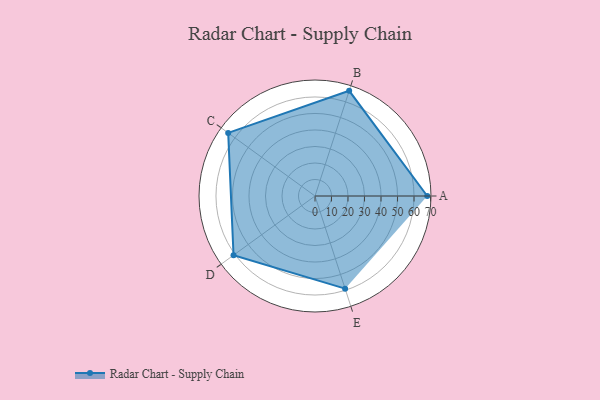
{"axis": {"x": "Skill", "y": "Score"}, "legend": ["Profile"], "data": [{"x": "A", "y": 68.0, "type": "Profile"}, {"x": "B", "y": 67.0, "type": "Profile"}, {"x": "C", "y": 65.0, "type": "Profile"}, {"x": "D", "y": 61.0, "type": "Profile"}, {"x": "E", "y": 59.0, "type": "Profile"}]}